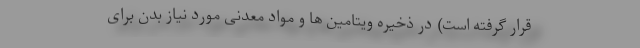
قرار گرفته است) در ذخیره ویتامین ها و مواد معدنی مورد نیاز بدن برای